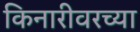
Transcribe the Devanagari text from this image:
किनारीवरच्या